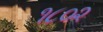
૧૮૦૨